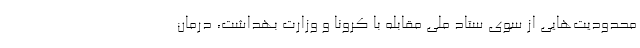
محدودیت‌هایی از سوی ستاد ملی مقابله با کرونا و وزارت بهداشت، درمان